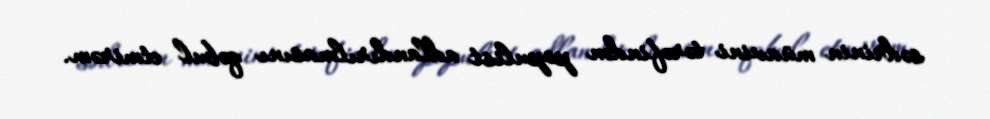
sədrinin müavini tərəfindən populist adlandırılmasını qəbul etmirəm.